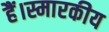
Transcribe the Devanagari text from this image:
हैं।स्मारकीय